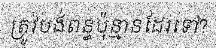
ត្រូវបង់ពន្ធប៉ុន្មានដែរទៅ?